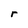
Character: r